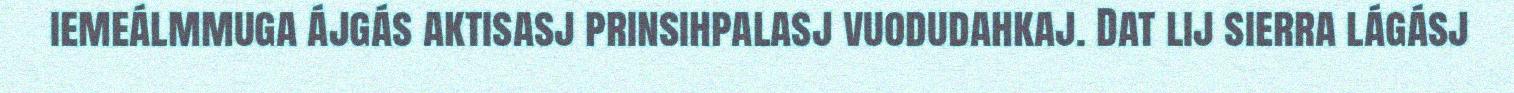
iemeálmmuga ájgás aktisasj prinsihpalasj vuodudahkaj. Dat lij sierra lágásj